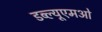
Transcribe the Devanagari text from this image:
डब्ल्यूएमओ